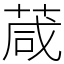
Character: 葴